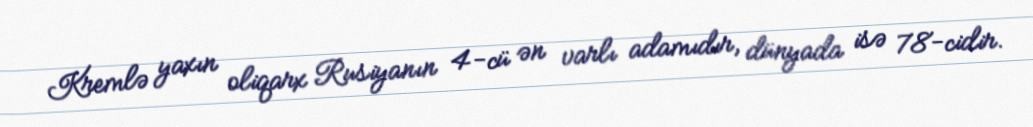
Kremlə yaxın oliqarx Rusiyanın 4-cü ən varlı adamıdır, dünyada isə 78-cidir.